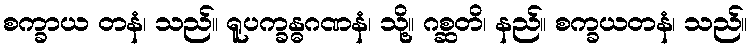
စက္ခာယ တနံ၊ သည်။ ရူပက္ခန္ဓဂဏနံ၊ သို့။ ဂစ္ဆတိ၊ နည်။ စက္ခယတနံ၊ သည်။